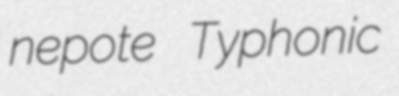
nepote Typhonic